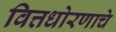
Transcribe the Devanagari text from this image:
वित्तधोरणाचे